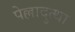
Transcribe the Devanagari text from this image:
पेल्लादुत्था